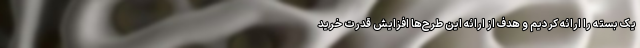
یک بسته را ارائه کردیم و هدف از ارائه این طرح‌ها افزایش قدرت خرید